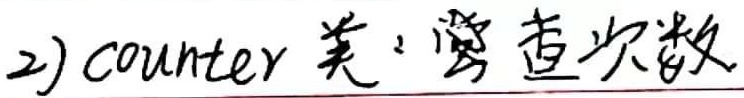
2) counter 类： 旁查次数